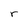
Character: r